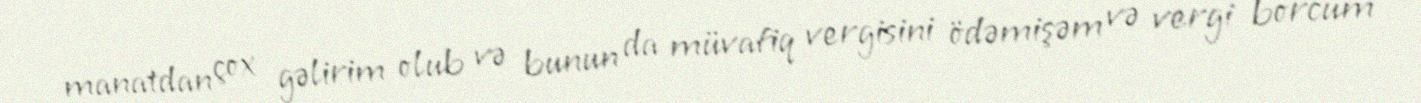
manatdan çox gəlirim olub və bunun da müvafiq vergisini ödəmişəm və vergi borcum